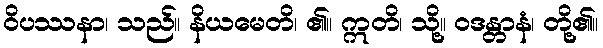
ဝိပဿနာ၊ သည်။ နိယမေတိ၊ ၏။ ဣတိ၊ သို့။ ဝဒန္တာနံ၊ တို့၏။